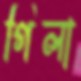
গিলা